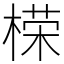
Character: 㮠